Medical and sanitary report on the native army of Bombay for the year
Year: 1879
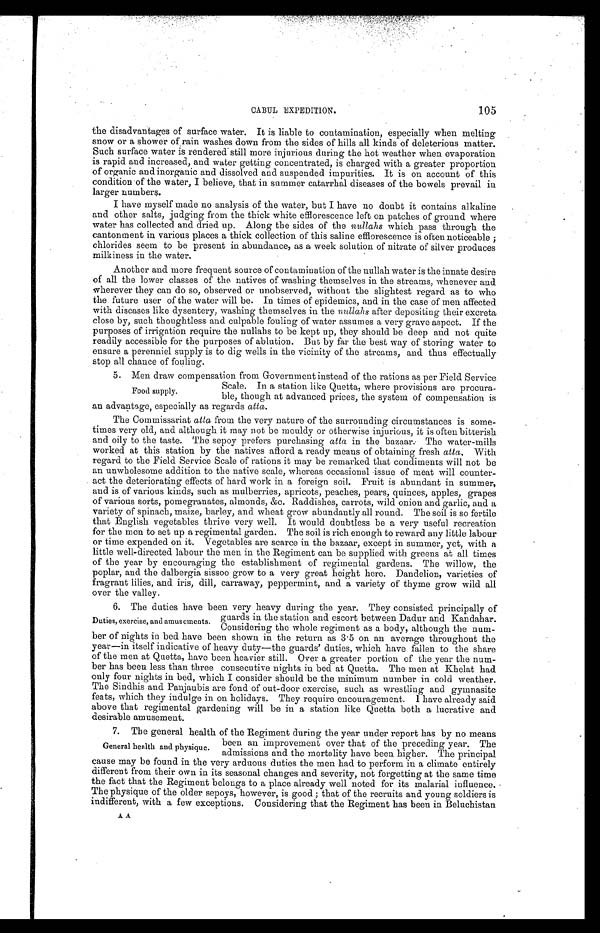
CABUL EXPEDITION.
105
the disadvantages of surface water. It is liable to contamination, especially when melting
snow or a shower of rain washes down from the sides of hills all kinds of deleterious matter.
Such surface water is rendered still more injurious during the hot weather when evaporation
is rapid and increased, and water getting concentrated, is charged with a greater proportion
of organic and inorganic and dissolved and suspended impurities. It is on account of this
condition of the water, I believe, that in summer catarrhal diseases of the bowels prevail in
larger numbers.
I have myself made no analysis of the water, but I have no doubt it contains alkaline
and other salts, judging from the thick white efflorescence left on patches of ground where
water has collected and dried up. Along the sides of the nullahs which pass through the
cantonment in various places a thick collection of this saline efflorescence is often noticeable;
chlorides seem to be present in abundance, as a week solution of nitrate of silver produces
milkiness in the water.
Another and more frequent source of contamination of the nullah water is the innate desire
of all the lower classes of the natives of washing themselves in the streams, whenever and
wherever they can do so, observed or unobserved, without the slightest regard as to who
the future user of the water will be. In times of epidemics, and in the case of men affected
with diseases like dysentery, washing themselves in the nullahs after depositing their excreta
close by, such thoughtless and culpable fouling of water assumes a very grave aspect. If the
purposes of irrigation require the nullahs to be kept up, they should be deep and not quite
readily accessible for the purposes of ablution. But by far the best way of storing water to
ensure a perenniel supply is to dig wells in the vicinity of the streams, and thus effectually
stop all chance of fouling.
5. Men draw compensation from Government instead of the rations as per Field Service
Scale. In a station like Quetta, where provisions are procura-
ble, though at advanced prices, the system of compensation is
an advantage, especially as regards atta.
The Commissariat atta from the very nature of the surrounding circumstances is some
- t i m e s v e r y o l d , a n d a l t h o u g h i t m a y n o t b e m o u l d y o r o t h e r w i s e i n j u r i o u s , i t i s o f t e n b i t t e r i s h
and oily to the taste. The sepoy prefers purchasing atta in the bazaar. The water-mills
worked at this station by the natives afford a ready means of obtaining fresh atta. With
regard to the Field Service Scale of rations it may be remarked that condiments will not be
an unwholesome addition to the native scale, whereas occasional issue of meat will counter-
act the deteriorating effects of hard work in a foreign soil. Fruit is abundant in summer,
and is of various kinds, such as mulberries, apricots, peaches, pears, quinces, apples, grapes
of various sorts, pomegranates, almonds, &c. Raddishes, carrots, wild onion and garlic, and a
variety of spinach, maize, barley, and wheat grow abundantly all round. The soil is so fertile
that English vegetables thrive very well. It would doubtless be a very useful recreation
for the men to set up a regimental garden. The soil is rich enough to reward any little labour
or time expended on it. Vegetables are scarce in the bazaar, except in summer, yet, with a
little well-directed labour the men in the Regiment can be supplied with greens at all times
of the year by encouraging the establishment of regimental gardens. The willow, the
poplar, and the dalbergia sissoo grow to a very great height here. Dandelion, varieties of
fragrant lilies, and iris, dill, carraway, peppermint, and a variety of thyme grow wild all
over the valley.
6. The duties have been very heavy during the year. They consisted principally of
guards in the station and escort between Dadur and Kandahar.
Considering the whole regiment as a body, although the num
- b e r o f n i g h t s i n b e d h a v e b e e n s h o w n i n t h e r e t u r n a s 3 . 5 o n a n a v e r a g e t h r o u g h o u t t h e
year—in itself indicative of heavy duty—the guards' duties, which have fallen to the share
of the men at Quetta, have been heavier still. Over a greater portion of the year the num
- b e r h a s b e e n l e s s t h a n t h r e e c o n s e c u t i v e n i g h t s i n b e d a t Q u e t t a . T h e m e n a t K h e l a t h a d
only four nights in bed, which I consider should be the minimum number in cold weather.
The Sindhis and Panjaubis are fond of out-door exercise, such as wrestling and gymnasitc
feats, which they indulge in on holidays. They require encouragement. I have already said
above that regimental gardening will be in a station like Quetta both a lucrative and
desirable amusement.
7. The general health of the Regiment during the year under report has by no means
been an improvement over that of the preceding year. The
admissions and the mortality have been higher. The principal
cause may be found in the very arduous duties the men had to perform in a climate entirely
different from their own in its seasonal changes and severity, not forgetting at the same time
the fact that the Regiment belongs to a place already well noted for its malarial influence.
The physique of the older sepoys, however, is good; that of the recruits and young soldiers is
indifferent, with a few exceptions. Considering that the Regiment has been in Beluchistan
Food supply.
Duties, exercise, and amusements.
General health and physique.
AA